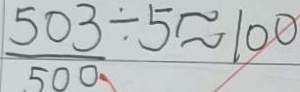
\frac { 5 0 3 } { 5 0 0 } \div 5 \approx 1 0 0